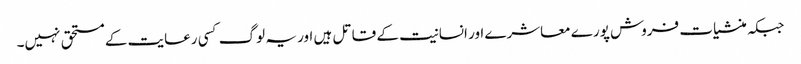
جبکہ منشیات فروش پورے معاشرے اور انسانیت کے قاتل ہیں اور یہ لوگ کسی رعایت کے مستحق نہیں۔